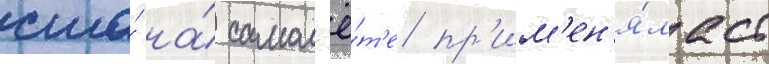
сша́ на́ самол'ё́т'е пр'им'ен'я́лась